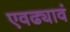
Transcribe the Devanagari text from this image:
एवढ्यावं